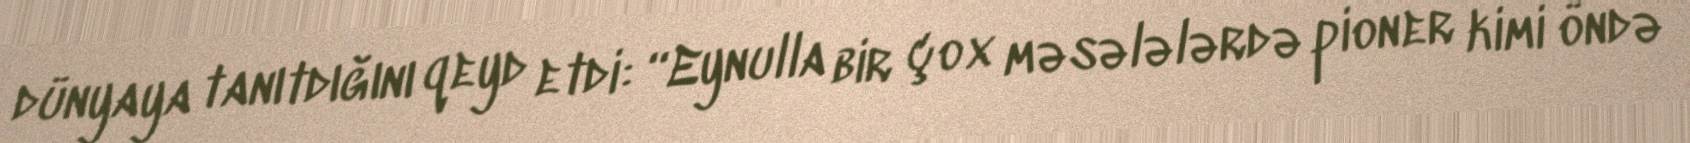
dünyaya tanıtdığını qeyd etdi: “Eynulla bir çox məsələlərdə pioner kimi öndə